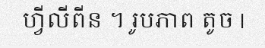
ហ្វីលីពីន ។ រូបភាព តូច |